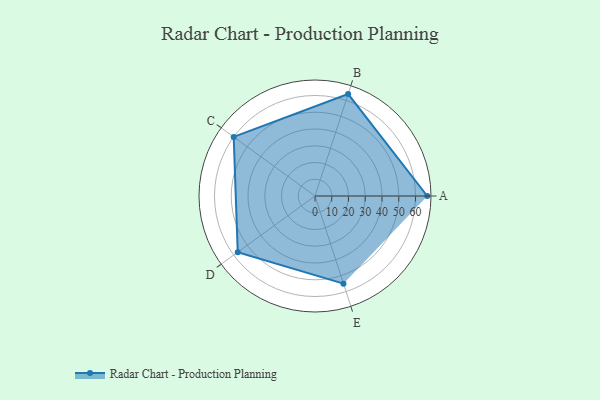
{"axis": {"x": "Skill", "y": "Score"}, "legend": ["Profile"], "data": [{"x": "A", "y": 67.0, "type": "Profile"}, {"x": "B", "y": 64.0, "type": "Profile"}, {"x": "C", "y": 60.0, "type": "Profile"}, {"x": "D", "y": 57.0, "type": "Profile"}, {"x": "E", "y": 55.0, "type": "Profile"}]}